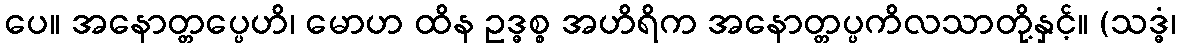
ပေ။ အနောတ္တပ္ပေဟိ၊ မောဟ ထိန ဥဒ္ဓစ္စ အဟိရိက အနောတ္တပ္ပကိလသာတို့နှင့်။ (သဒ္ဓံ၊